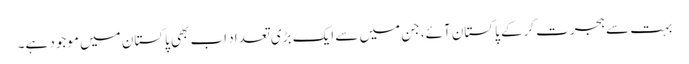
بہت سے ہجرت کرکے پاکستان آئے، جن میں سے ایک بڑی تعداد اب بھی پاکستان میں موجود ہے۔